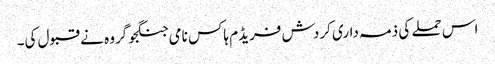
اس حملے کی ذمہ داری کردش فریڈم ہاکس نامی جنگجو گروہ نے قبول کی۔